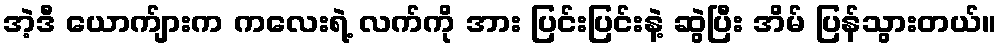
အဲ့ဒီ ယောက်ျားက ကလေးရဲ့ လက်ကို အား ပြင်းပြင်းနဲ့ ဆွဲပြီး အိမ် ပြန်သွားတယ်။